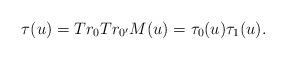
LaTeX: \begin{align*}\tau(u)=Tr_0Tr_{0'}M(u)=\tau_0(u)\tau_1(u).\end{align*}